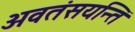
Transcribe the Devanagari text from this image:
अवतंसयन्ति